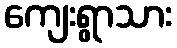
ကျေးရွာသား